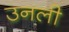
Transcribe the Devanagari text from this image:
उनली